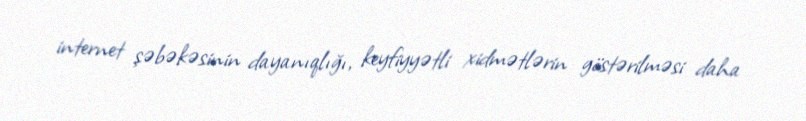
internet şəbəkəsinin dayanıqlığı, keyfiyyətli xidmətlərin göstərilməsi daha